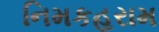
નિમકહરામ